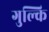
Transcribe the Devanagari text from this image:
गुल्कि